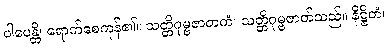
ပါပေန္တိ၊ ရောက်စေကုန်၏။ သတ္တိဂုမ္ဗဇာတကံ၊ သတ္တိဂုမ္ဗဇာတ်သည်။ နိဋ္ဌိတံ၊